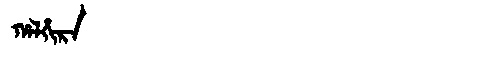
Manchu: ᡥᠠᠯᡥᡳᡵᠠ
Romanization: HALHIRA